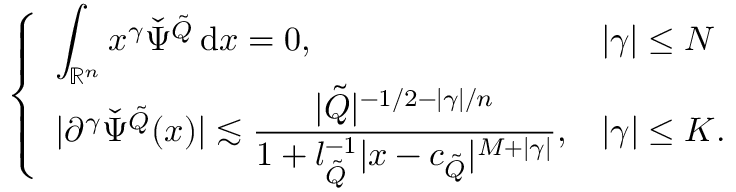
\begin{array} { r } { \left\{ \begin{array} { l l } { \displaystyle \int _ { \mathbb { R } ^ { n } } x ^ { \gamma } \check { \Psi } ^ { \tilde { Q } } \, \mathrm { d } x = 0 , } & { | \gamma | \leq N } \\ { \displaystyle | \partial ^ { \gamma } \check { \Psi } ^ { \tilde { Q } } ( x ) | \lesssim \frac { | \tilde { Q } | ^ { - 1 / 2 - | \gamma | / n } } { 1 + l _ { \tilde { Q } } ^ { - 1 } | x - c _ { \tilde { Q } } | ^ { M + | \gamma | } } , } & { | \gamma | \leq K . } \end{array} \right. } \end{array}